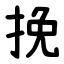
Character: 挽